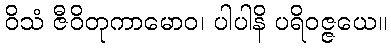
ဝိသံ ဇီဝိတုကာမောဝ၊ ပါပါနိ ပရိဝဇ္ဇယေ။